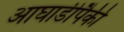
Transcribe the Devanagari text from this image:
आघाडीपैकी